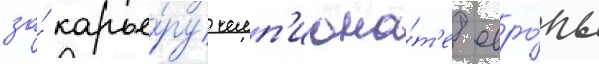
за́ карье́ру чемп'иона́т'е евро́пы